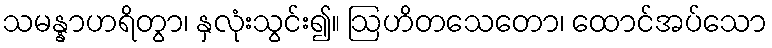
သမန္နာဟရိတွာ၊ နှလုံးသွင်း၍။ ဩဟိတသေတော၊ ထောင်အပ်သော